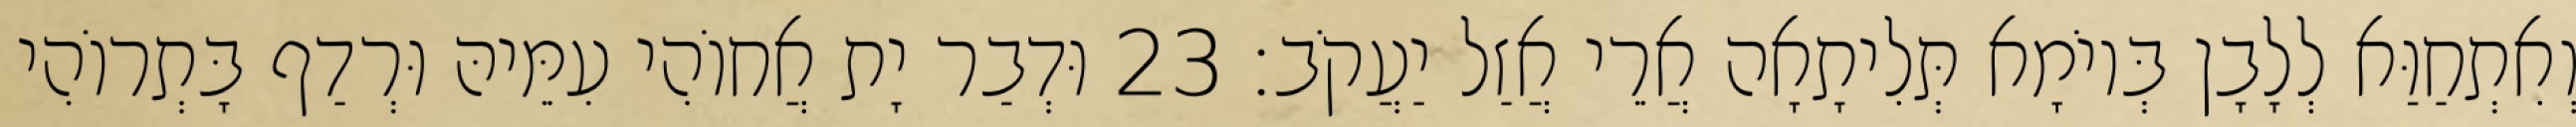
וְאִתְחַוַּא לְלָבָן בְּיוֹמָא תְּלִיתָאָה אֲרֵי אֲזַל יַעֲקֹב׃ 23 וּדְבַר יָת אֲחוֹהִי עִמֵּיהּ וּרְדַף בָּתְרוֹהִי